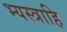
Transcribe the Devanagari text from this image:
भ्यस्त्राहि